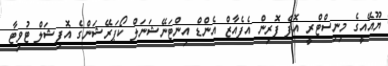
ޔޫއޭއީގެ މިނިސްޓްރީ އޮފް ފޮރިން އެފެއާޒް އެންޑް އިންޓަނޭޝަނަލް ކޯޕަރޭޝަންގެ އޮފިޝަލް ޓުވިޓާ